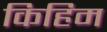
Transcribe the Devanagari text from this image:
किहिम